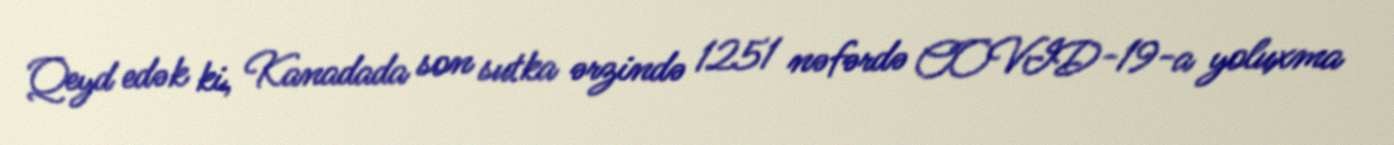
Qeyd edək ki, Kanadada son sutka ərzində 1251 nəfərdə COVID-19-a yoluxma